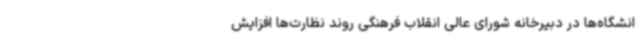
انشگاه‌ها در دبیرخانه شورای عالی انقلاب فرهنگی روند نظارت‌ها افزایش